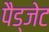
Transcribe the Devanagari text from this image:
पैड्जेट